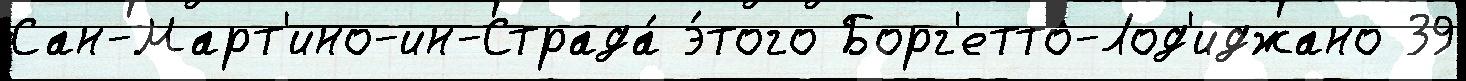
Сан-Март'ино-ин-Страда́ э́того Борг'етто-Лод'иджано 39